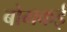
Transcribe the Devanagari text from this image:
बोमकई